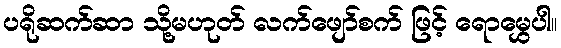
ပရိုဆက်ဆာ သို့မဟုတ် လက်ဖျော်စက် ဖြင့် ရောမွှေပါ။